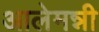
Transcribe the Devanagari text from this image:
आलेमन्नी